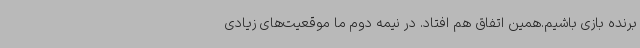
برنده بازی باشیم.همین اتفاق هم افتاد. در نیمه دوم ما موقعیت‌های زیادی